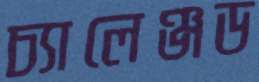
চ্যালেঞ্জড